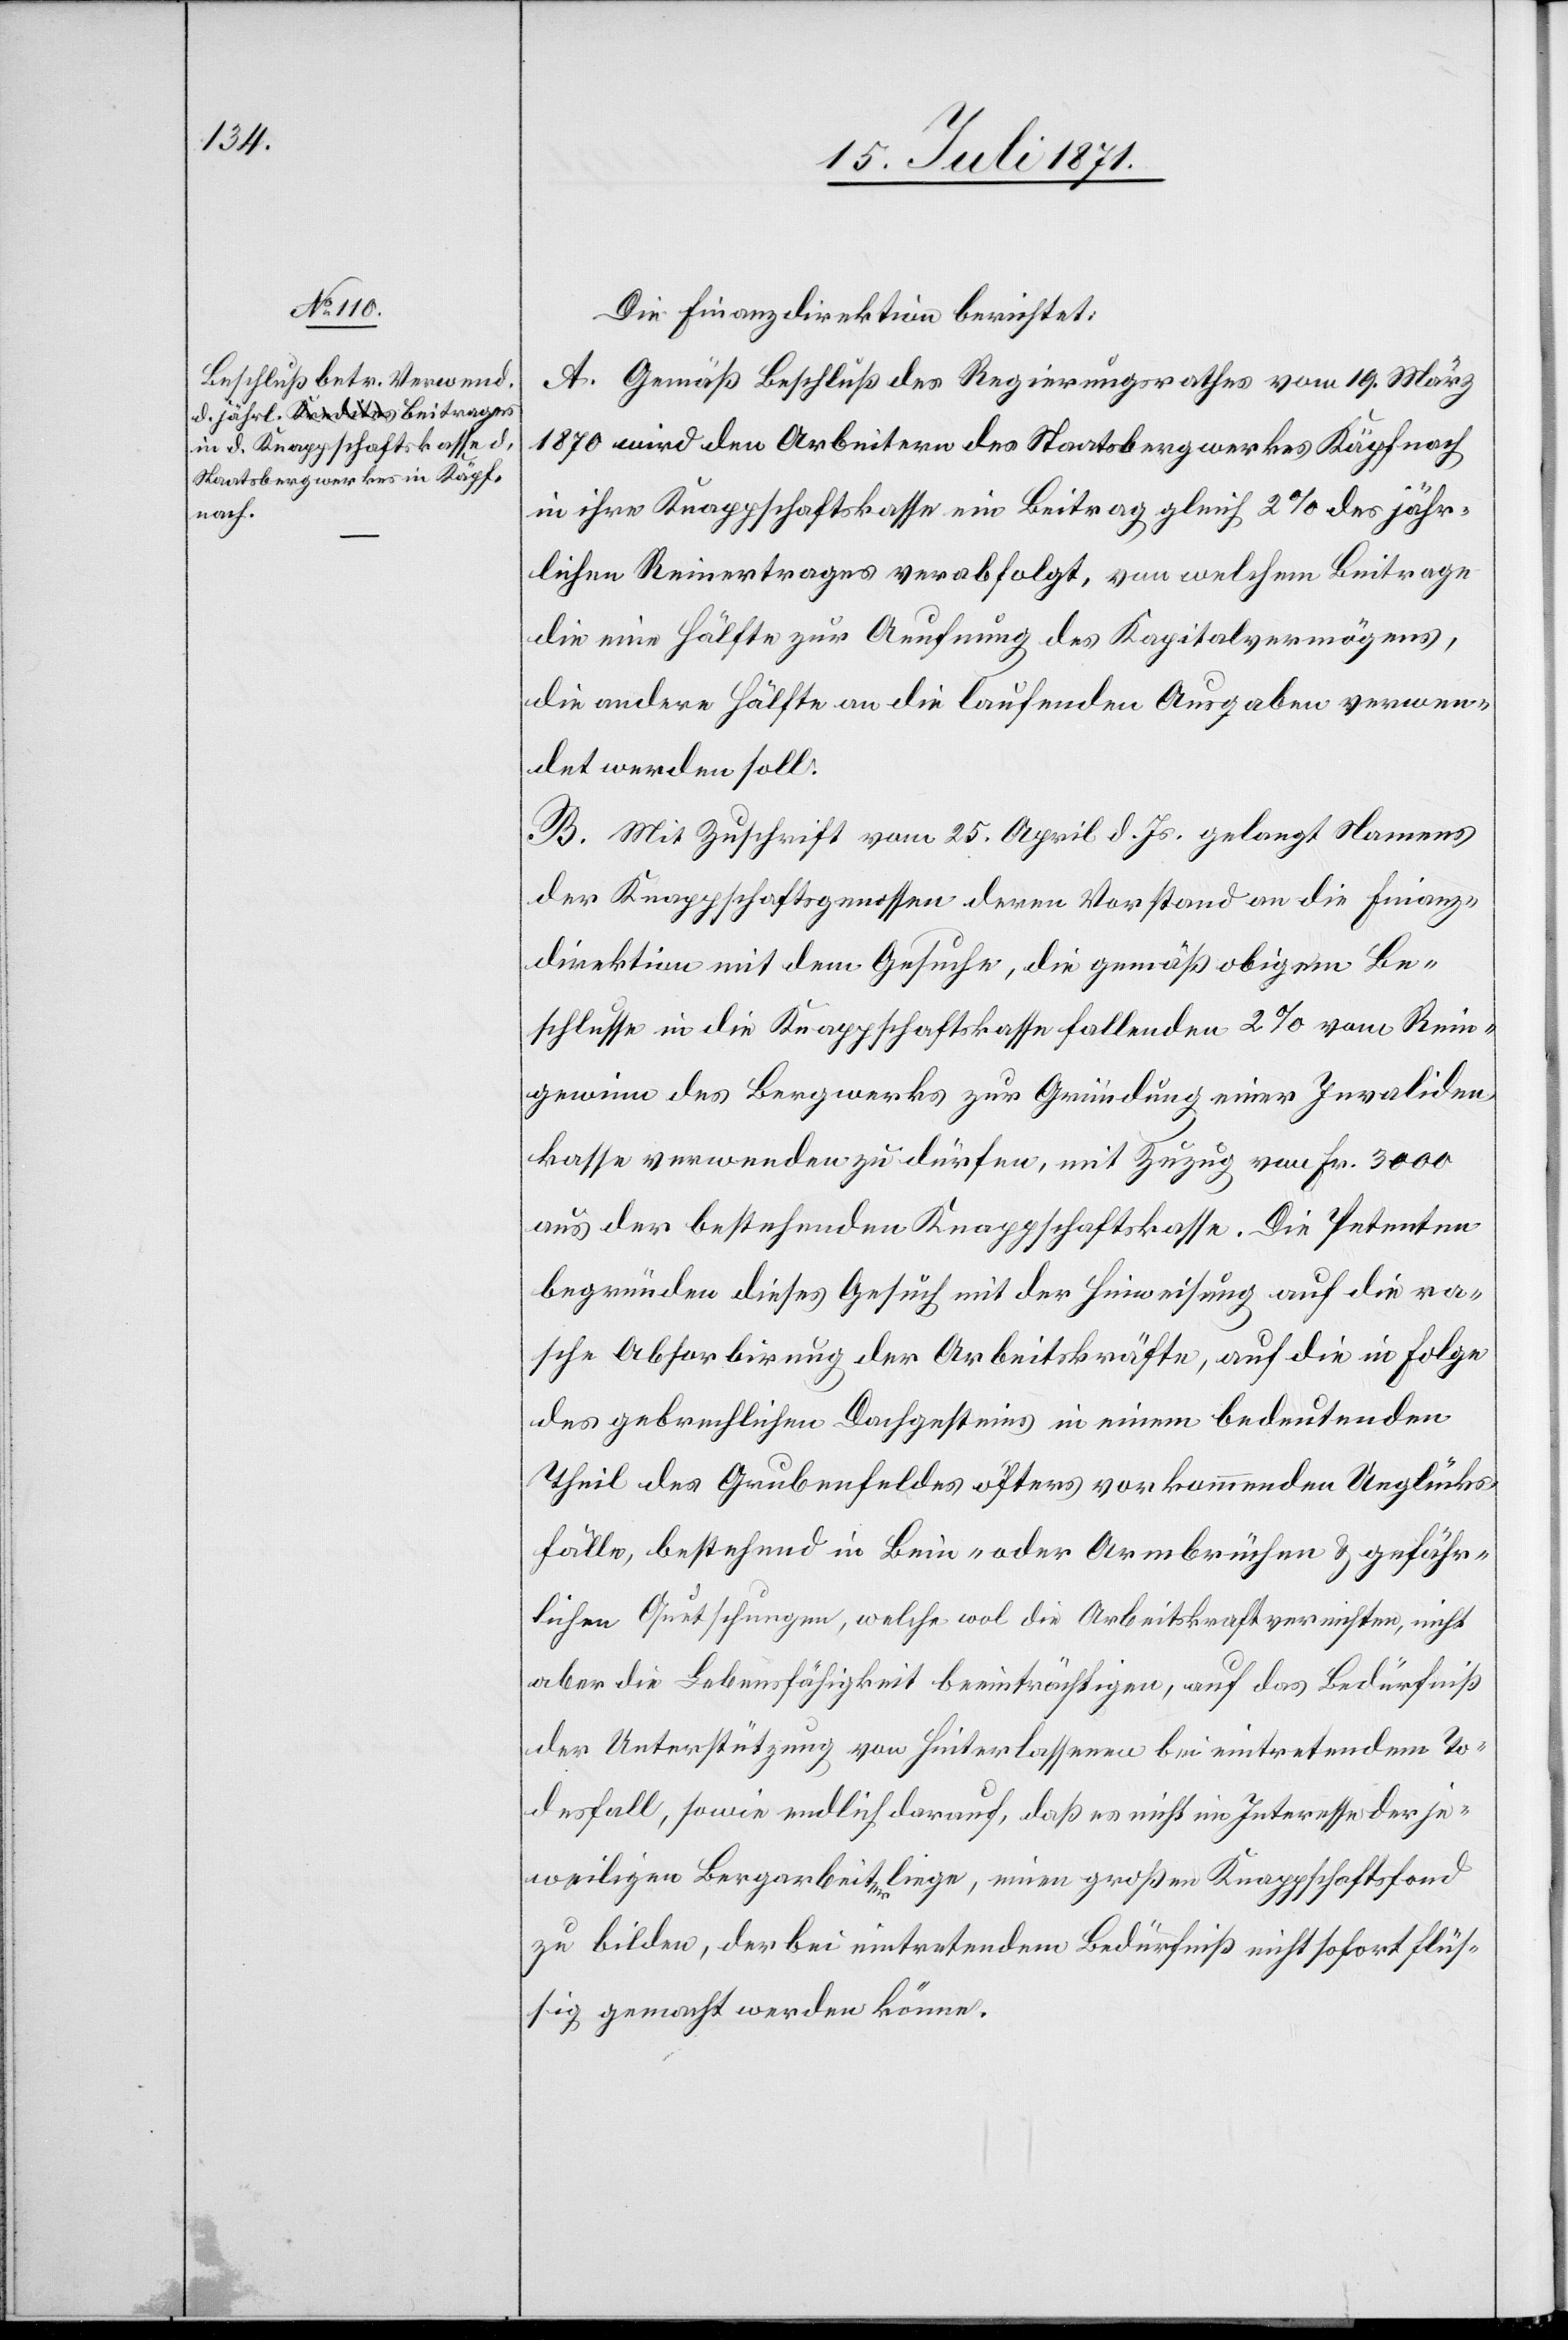
Die Finanzdirektion berichtet:
A. Gemäß Beschluß des Regierungsrathes vom 19. März
1870 wird den Arbeitern des Staatsbergwerkes Käpfnach
in ihre Knappschaftskasse ein Beitrag gleich 2% des jähr¬
lichen Reinertrages verabfolgt, von welchem Beitrage
die eine Hälfte zur Aeufnung des Kapitalvermögens,
die andere Hälfte an die laufenden Ausgaben verwen¬
det werden soll.
B. Mit Zuschrift vom 25. April d. Js. gelangt Namens
der Knappschaftsgenossen deren Vorstand an die Finanz¬
direktion mit dem Gesuche, die gemäß obigem Be¬
schlusse in die Knappschaftskasse fallenden 2% vom Rein¬
gewinn des Bergwerkes zur Gründung einer Invaliden¬
kasse verwenden zu dürfen, mit Zuzug von Fr. 3000
aus der bestehenden Knappschaftskasse. Die Petenten
begründen dieses Gesuch mit der Hinweisung auf die ra¬
sche Absorbirung der Arbeitskräfte, auf die in Folge
des gebrechlichen Dachgesteins in einem bedeutenden
Theil des Grubenfeldes öfters vorkommenden Unglücks¬
fälle, bestehend in Bein- oder Armbrüchen u. gefähr¬
lichen Quetschungen, welche wol die Arbeitskraft vernichten, nicht
aber die Lebensfähigkeit beeinträchtigen, auf das Bedürfniß
der Unterstützung von Hinterlassenen bei eintretendem To¬
desfall, sowie endlich darauf, daß es nicht im Interesse der je¬
weiligen Bergarbeiter liege, einen großen Knappschaftsfond
zu bilden, der bei eintretendem Bedürfniß nicht sofort flüch¬
tig gemacht werden könne.